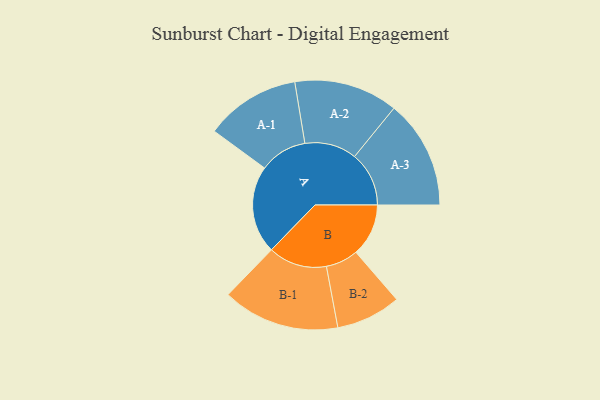
{"axis": {"x": "Segment", "y": "Value"}, "legend": ["", "A", "B"], "data": [{"x": "A", "y": 436, "type": ""}, {"x": "B", "y": 261, "type": ""}, {"x": "A-1", "y": 236, "type": "A"}, {"x": "A-2", "y": 258, "type": "A"}, {"x": "A-3", "y": 270, "type": "A"}, {"x": "B-1", "y": 291, "type": "B"}, {"x": "B-2", "y": 161, "type": "B"}]}